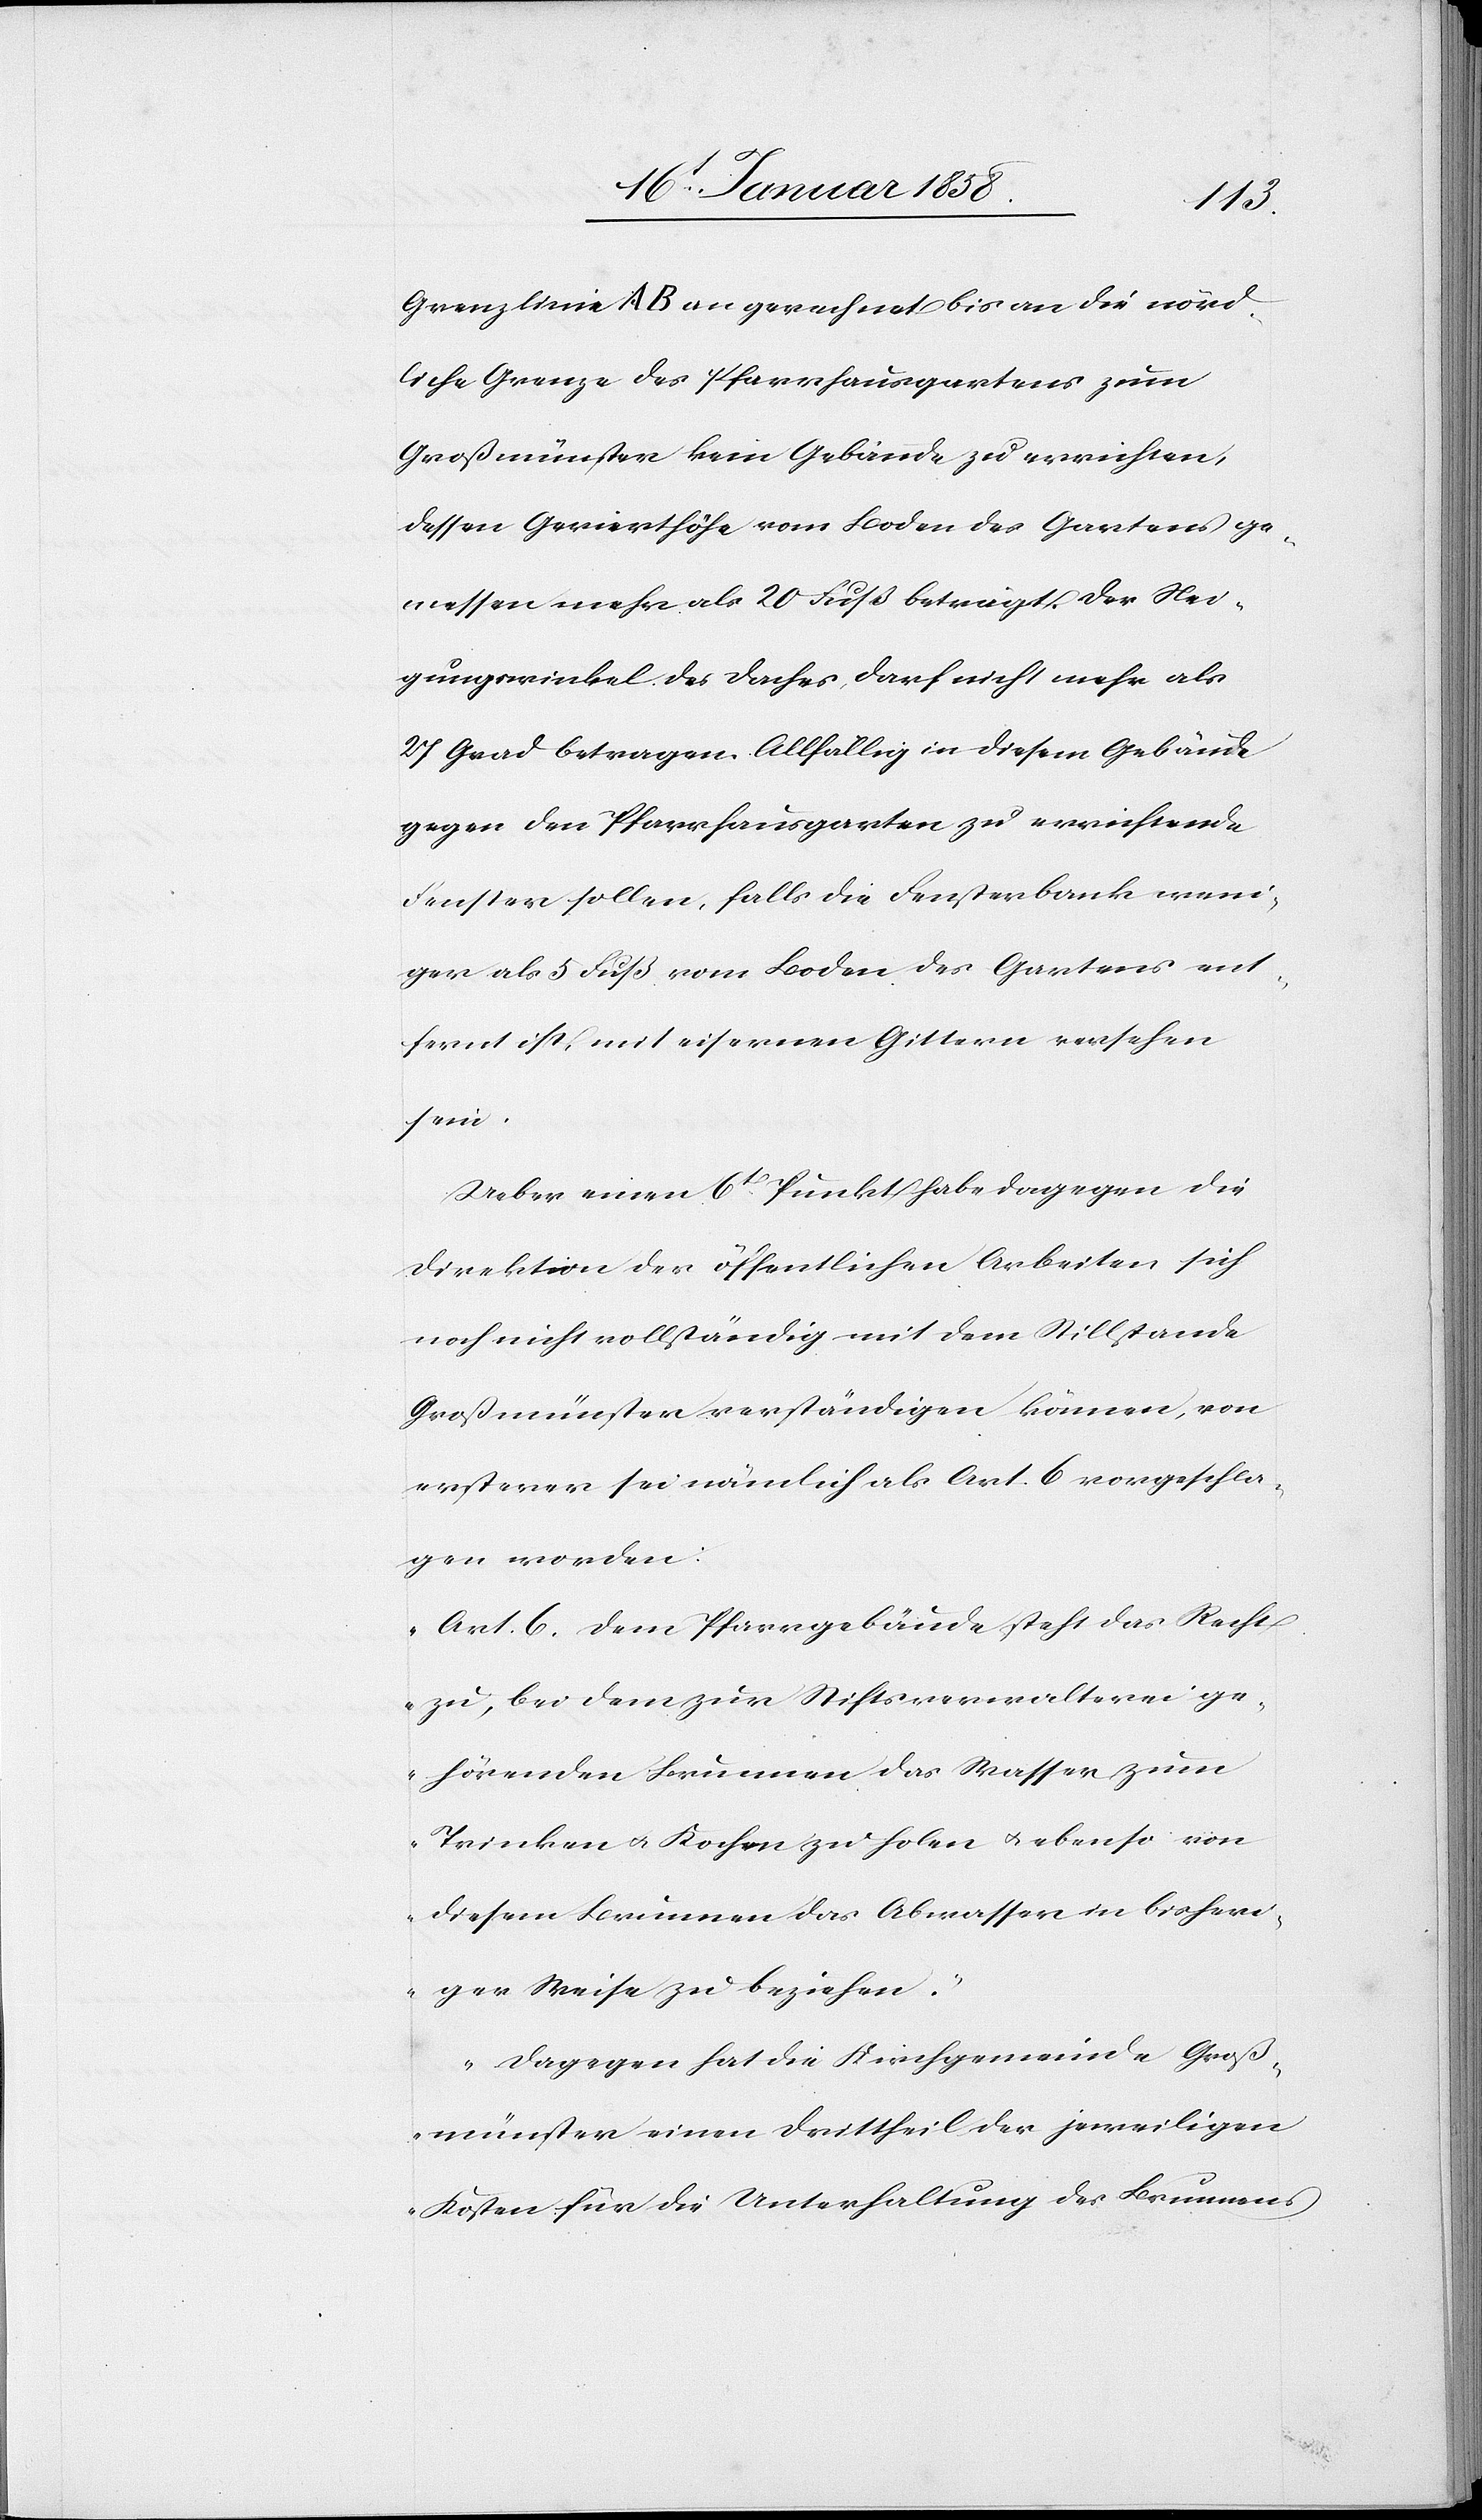
Grenzlinie A B an gerechnet bis an die nörd¬
liche Grenze des Pfarrhausgartens zum
Großmünster kein Gebäude zu errichten,
dessen Gevierthöhe vom Boden des Gartens ge¬
messen mehr als 20 Fuß beträgt. Der Nei¬
gungswinkel des Daches darf nicht mehr als
27 Grad betragen. Allfällig in diesem Gebäude
gegen den Pfarrhausgarten zu errichtende
Fenster sollen, falls die Fensterbank weni¬
ger als 5 Fuß vom Boden des Gartens ent¬
fernt ist, mit eisernen Gittern versehen
sein.
Ueber einen 6t Punkt habe dagegen die
Direktion der öffentlichen Arbeiten sich
noch nicht vollständig mit dem Stillstande
Großmünster verständigen können, von
ersterer sei nämlich als Art. 6. vorgeschla¬
gen worden:
„Art. 6. Dem Pfarrgebäude steht das Recht
zu, bei dem zur Stiftsverwalterei ge¬
hörenden Brunnen das Wasser zum
Trinken u. Kochen zu holen u. ebenso von
diesem Brunnen das Abwasser in bisheri¬
ger Weise zu beziehen.
Dagegen hat die Kirchgemeinde Groß¬
münster einem Drittheil der jeweiligen
Kosten für die Unterhaltung des Brunnens